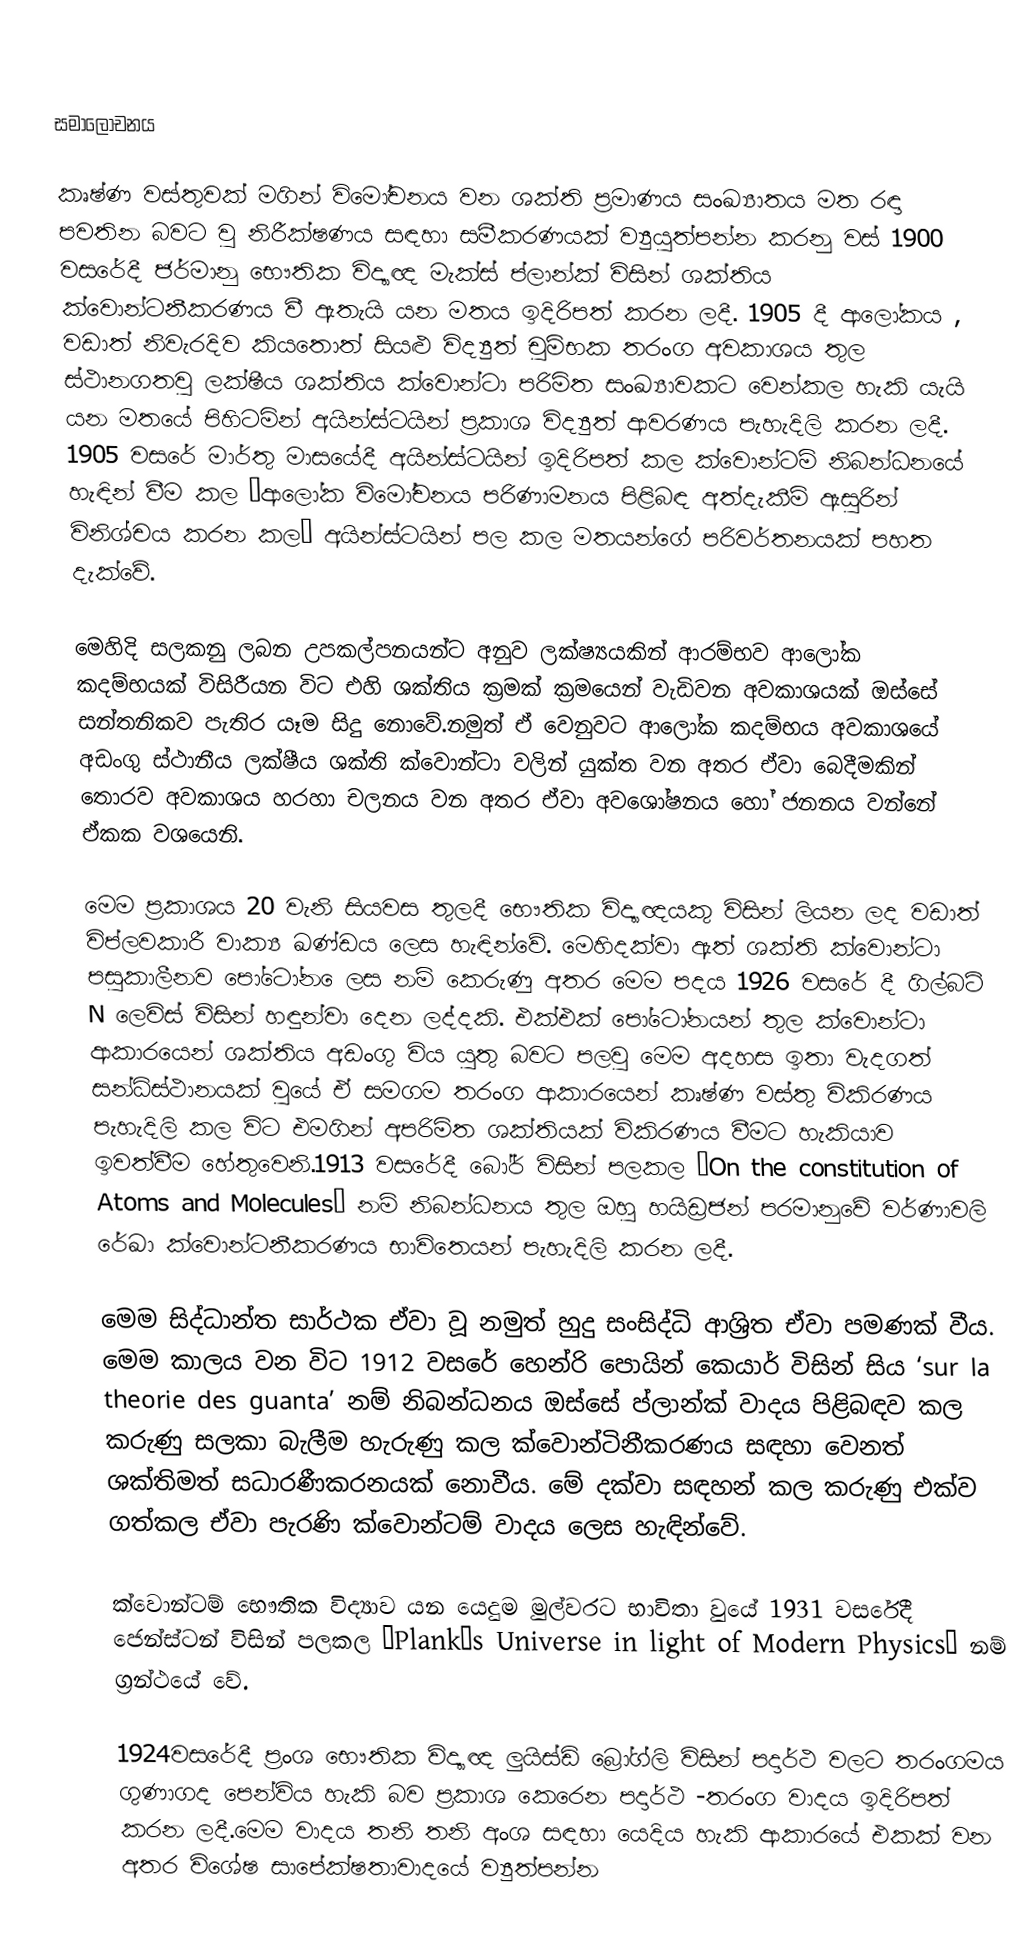

සමාලෝචනය

කෘෂ්ණ වස්තුවක් මගින් විමෝචනය වන ශක්ති ප්‍රමාණය සංඛ්‍යාතය මත රඳා පවතින බවට වු නිරීක්ෂණය සඳහා සමීකරණයක් ව්‍යුයුත්පන්න කරනු වස් 1900 වසරේදී ජර්මානු භෞතික විද්‍යාඥ මැක්ස් ප්ලාන්ක් විසින් ශක්තිය ක්වොන්‍ටනීකරණය වී ඇතැයි යන මතය ඉදිරිපත් කරන ලදී. 1905 දී ආලෝකය , වඩාත් නිවැරදිව කියතොත් සියළු විද්‍යුත් චුම්භක තරංග අවකාශය තුල ස්ථානගතවු ලක්ෂීය ශක්තිය ක්වොන්ටා පරිමිත සංඛ්‍යාවකට වෙන්කල හැකි යැයි යන මතයේ පිහිටමින් අයින්ස්ටයින් ප්‍රකාශ විද්‍යුත් ආවරණය පැහැදිලි කරන ලදී. 1905 වසරේ මාර්තු මාසයේදී අයින්ස්ටයින් ඉදිරිපත් කල ක්වොන්ටම් නිබන්ධනයේ හැඳින් වීම කල “ආලෝක විමෝචනය පරිණාමනය පිළිබඳ අත්දැකීම් ඇසුරින් විනිශ්චය කරන කල” අයින්ස්ටයින් පල කල මතයන්ගේ පරිවර්තනයක් පහත දැක්වේ.

මෙහිදි සලකනු ලබන උපකල්පනයන්ට අනුව ලක්ෂ්‍යයකින් ආරම්භව ආලෝක කදම්භයක් විසිරීයන විට එහි ශක්තිය ක්‍රමක් ක්‍රමයෙන් වැඩිවන අවකාශයක් ඔස්සේ සන්තනිකව පැතිර යෑම සිදු නොවේ.නමුත් ඒ වෙනුවට  ආලෝක කදම්භය අවකාශයේ අඩංගු ස්ථානීය ලක්ෂීය ශක්ති ක්වොන්ටා වලින් යුක්ත වන අතර ඒවා බෙදීමකින් තොරව අවකාශය හරහා චලනය වන අතර ඒවා අවශෝෂනය හෝ ජනනය වන්නේ ඒකක වශයෙනි.

මෙම ප්‍රකාශය 20 වැනි සියවස තුලදී භෞතික  විද්‍යාඥයකු විසින් ලියන ලද වඩාත් විප්ලවකාරී වාක්‍ය ඛණ්ඩය ලෙස හැඳින්වේ. මෙහිදක්වා ඇත් ශක්ති ක්වොන්ටා පසුකාලීනව පෝ‍ටෝන ‍ෙලස නම් කෙරුණු අතර මෙම පදය 1926 වසරේ දී ගිල්බට් N ලෙවිස් විසින් හඳුන්වා දෙන ලද්දකි. එක්එක් පෝටෝනයන් තුල ක්වොන්ටා ආකාරයෙන් ශක්තිය අඩංගු විය යුතු බවට පලවු මෙම අදහස ඉතා වැදගත් සන්ධිස්ථානයක් වුයේ ඒ සමගම තරංග ආකාරයෙන් කෘෂ්ණ වස්තු විකිරණය පැහැදිලි කල විට එමගින් අපරිමිත ශක්තියක් විකිරණය වීමට හැකියාව ඉවත්වීම හේතුවෙනි.1913 වසරේදී බෝර් විසින් පලකල “On the constitution of Atoms and Molecules” නම් නිබන්ධනය තුල ඔහු හයිඩ්‍රජන් පරමානුවේ වර්ණාවලි රේඛා ක්වොන්ටනීකරණය භාවිත‍ෙයන් පැහැදිලි කරන ලදී.

මෙම සිද්ධාන්ත සාර්ථක ඒවා වූ නමුත් හුදු සංසිද්ධි ආශ්‍රිත ඒවා පමණක් වීය. මෙම කාලය වන විට 1912 වසරේ හෙන්රි පොයින් කෙයාර් විසින් සිය ‘sur la theorie des guanta’ නම් නිබන්ධනය ඔස්සේ ප්ලාන්ක් වාදය පිළිබඳව කල කරුණු සලකා බැලීම හැරුණු කල ක්වොන්ටිනීකරණය සඳහා වෙනත් ශක්තිමත් සධාරණීකරනයක් නොවීය. මේ දක්වා සඳහන් කල කරුණු එක්ව ගත්කල ඒවා පැරණි ක්වොන්ටම් වාදය ලෙස හැඳින්වේ.

ක්වොන්ටම් භෞතික විද්‍යාව යන යෙදුම මුල්වරට භාවිතා වුයේ 1931 වසරේදී ජෙන්ස්ටන් විසින් පලකල ‘Plank’s Universe in light of Modern Physics’ නම් ග්‍රන්ථයේ වේ.

1924වසරේදී ප්‍රංශ භෞතික විද්‍යාඥ ලුයිස්ඩි බ්‍රෝග්ලි විසින් පදාර්ථ වලට තරංගමය ගුණාගද පෙන්විය හැකි බව ප්‍රකාශ කෙරෙන පදාර්ථ -තරංග වාදය ඉදිරිපත් කරන ලදී.මෙම වාදය තනි තනි අංශ සඳහා යෙදිය හැකි ආකාරයේ එකක් වන අතර විශේෂ සාපේක්ෂතාවාදයේ ව්‍යුත්පන්න